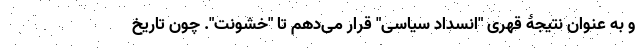
و به عنوان نتیجۀ قهری "انسداد سیاسی" قرار می‌دهم تا "خشونت". چون تاریخ